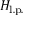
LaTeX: H _ { \mathrm { l . p . } }